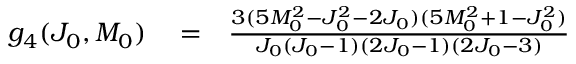
\begin{array} { r l r } { g _ { 4 } ( J _ { 0 } , M _ { 0 } ) } & { { } = } & { \frac { 3 ( 5 M _ { 0 } ^ { 2 } - J _ { 0 } ^ { 2 } - 2 J _ { 0 } ) ( 5 M _ { 0 } ^ { 2 } + 1 - J _ { 0 } ^ { 2 } ) } { J _ { 0 } ( J _ { 0 } - 1 ) ( 2 J _ { 0 } - 1 ) ( 2 J _ { 0 } - 3 ) } } \end{array}